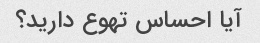
آیا احساس تهوع دارید؟